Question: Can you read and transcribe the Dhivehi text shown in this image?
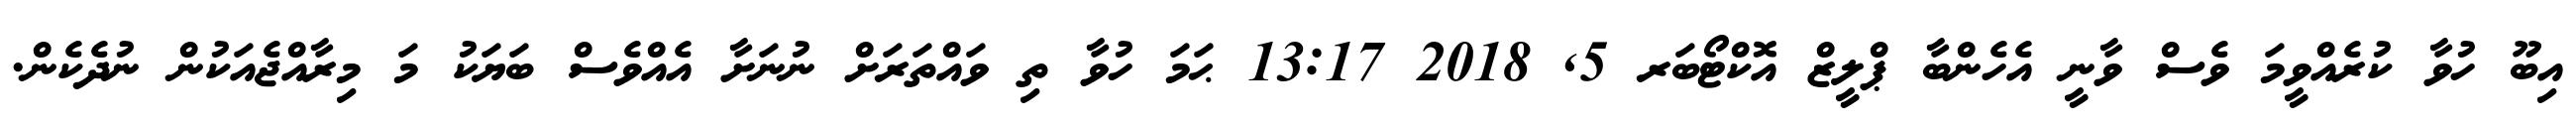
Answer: އިބޫ ހުވާ ކުރެއްވީމަ ވެސް ވާނީ އެހެންބާ ޕްލީޒް އޮކްޓޯބަރ 5, 2018 13:17 ޙަމަ ހުވާ ތި ވައްތަރަށް ނުނަށާ އެއްވެސް ބަޔަކު މަ މިރާއްޖެއަކުން ނުދެކެން.